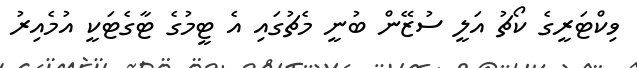
ވިކްޓަރީގެ ކޯޗު އަލީ ސުޒޭން ބުނީ މެޗުގައި އެ ޓީމުގެ ޓާގެޓަކީ އުމެއިރު